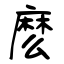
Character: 麽